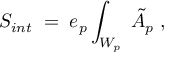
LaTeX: S _ { i n t } \; = \; e _ { p } \int _ { W _ { p } } \; \tilde { A } _ { p } \; ,